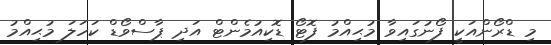
މި ޑްރޯންއަކީ ފޯނުގައިވާ މުޙިއްމު ފޮޓޯ ޑޮކިއުމެންޓް އަދި ޕާސްވޯޑް ކަހަލަ މުޙިއްމު